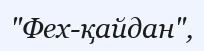
"Фех-қайдан",